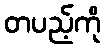
တပည့်ကို